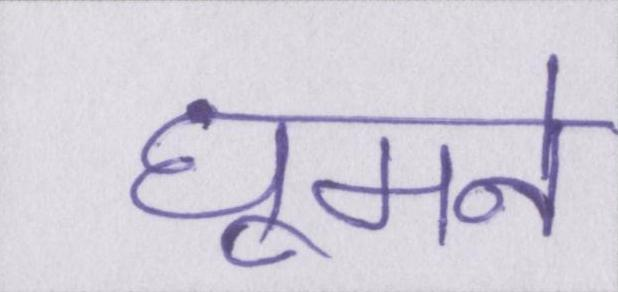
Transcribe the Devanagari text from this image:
घूमने